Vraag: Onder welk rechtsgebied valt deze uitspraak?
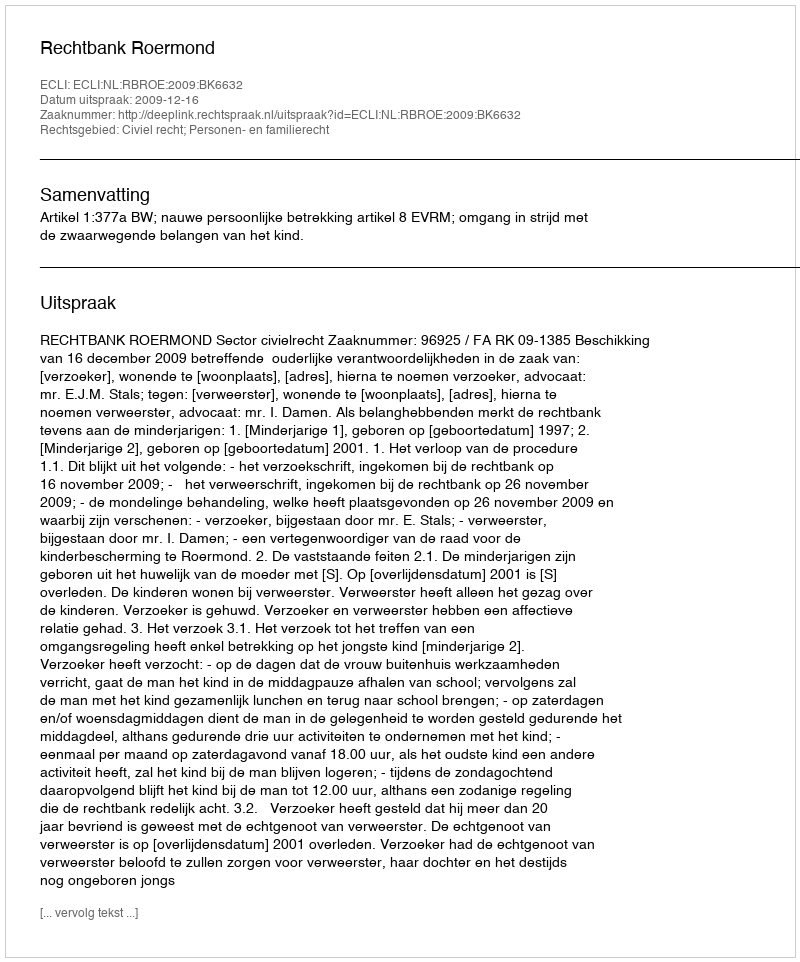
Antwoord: Civiel recht; Personen- en familierecht